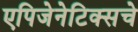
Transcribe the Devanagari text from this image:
एपिजेनेटिक्सचे